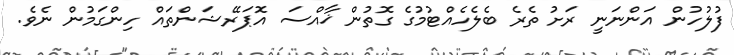
ފުލުހުން އަންނަނީ ރަށު ތެރެ ބެލެހެއްޓުމުގެ ގޮތުން ޚާއްސަ އޮޕަރޭޝަންތައް ހިންގަމުން ނެވެ.